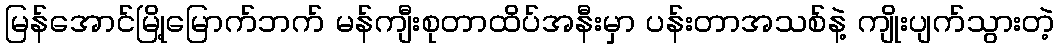
မြန်အောင်မြို့မြောက်ဘက် မန်ကျီးစုတာထိပ်အနီးမှာ ပန်းတာအသစ်နဲ့ ကျိုးပျက်သွားတဲ့